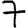
Digit: 7